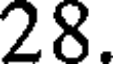
28.